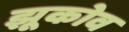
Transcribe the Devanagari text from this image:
झूकोव